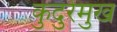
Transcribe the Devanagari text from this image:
कुदुरेमुख